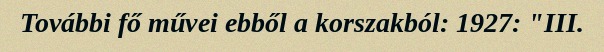
További fő művei ebből a korszakból: 1927: "III.